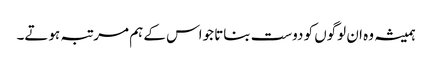
ہمیشہ وہ ان لوگوں کو دوست بناتا جواس کے ہم مر تبہ ہوتے۔